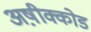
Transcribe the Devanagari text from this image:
अष़ीक्कोड